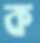
ক